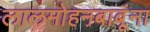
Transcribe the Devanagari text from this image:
लालमोहनबाबूंना